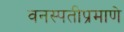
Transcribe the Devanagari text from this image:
वनस्पतीप्रमाणे